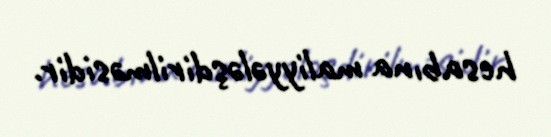
hesabına maliyyələşdirilməsidir.